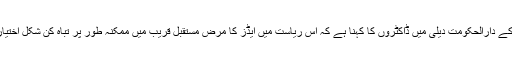
مشرقی تیمور کے دارالحکومت دیلی میں ڈاکٹروں کا کہنا ہے کہ اس ری‍است میں ایڈز کا مرض مستقبل قریب میں ممکنہ طور پر تباہ کن شکل اختیار کر سکتا ہے۔